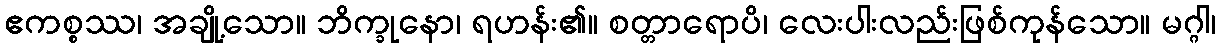
ဧကစ္စဿ၊ အချို့သော။ ဘိက္ခုနော၊ ရဟန်း၏။ စတ္တာရောပိ၊ လေးပါးလည်းဖြစ်ကုန်သော။ မဂ္ဂါ၊